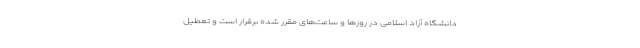
دانشگاه آزاد اسلامی در روز‌ها و ساعت‌های مقرر شده برقرار است و تعطیل